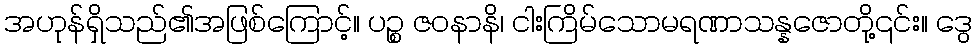
အဟုန်ရှိသည်၏အဖြစ်ကြောင့်။ ပဉ္စ ဇဝနာနိ၊ ငါးကြိမ်သောမရဏာသန္နဇောတို့၎င်း။ ဒွေ